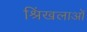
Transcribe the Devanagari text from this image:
श्रिंखलाओं